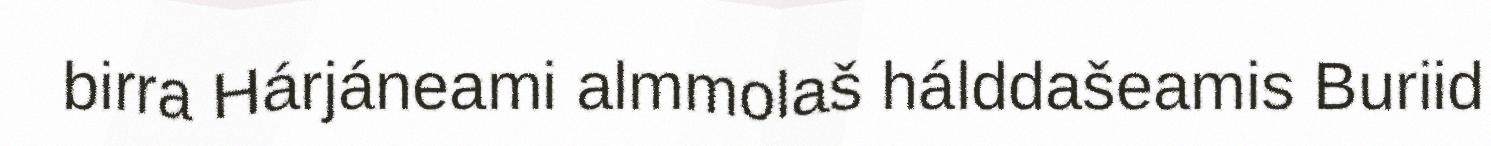
birra Hárjáneami almmolaš hálddašeamis Buriid